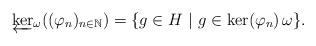
LaTeX: \begin{align*} \underleftarrow{\ker}_\omega((\varphi_n)_{n\in\mathbb{N}})=\lbrace g \in H \ \vert \ g \in \ker (\varphi_n) \, \omega \rbrace. \end{align*}